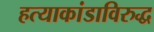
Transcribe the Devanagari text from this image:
हत्याकांडाविरुद्ध